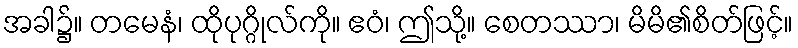
အခါ၌။ တမေနံ၊ ထိုပုဂ္ဂိုလ်ကို။ ဧဝံ၊ ဤသို့။ စေတဿာ၊ မိမိ၏စိတ်ဖြင့်။